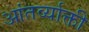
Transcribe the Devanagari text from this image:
आंतर्व्याक्ती